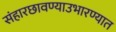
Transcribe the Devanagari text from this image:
संहारछावण्याउभारण्यात